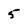
Character: 5